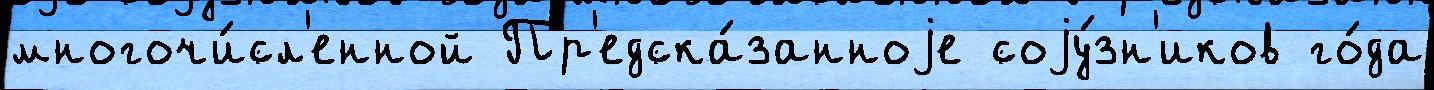
многочи́сл'енной Пр'едска́занноjе соjу́зн'иков го́да